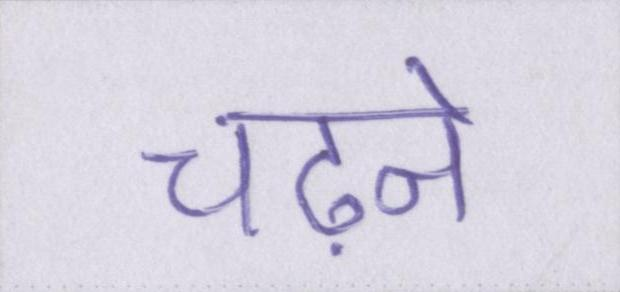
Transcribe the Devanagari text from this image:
चढ़ने